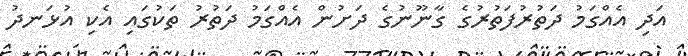
އަދި އެއްގަމު ދަތުރުފަތުރުގެ ގާނޫނުގެ ދަށުން އެއްގަމު ދަތުރު ތަކުގައި އެކި އުޅަނދު